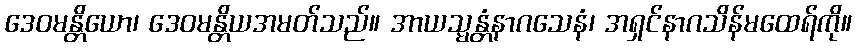
ဒေဝမန္တိယော၊ ဒေဝမန္တိယအမတ်သည်။ အာယသ္မန္တံနာဂသေနံ၊ အရှင်နာဂသိန်မထေရ်ကို။